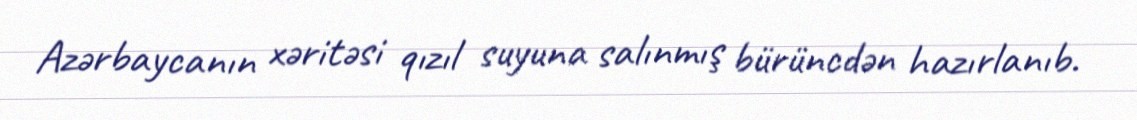
Azərbaycanın xəritəsi qızıl suyuna salınmış bürüncdən hazırlanıb.